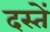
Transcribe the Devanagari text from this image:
दस्तें